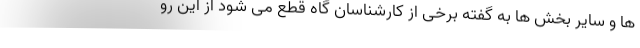
ها و سایر بخش ها به گفته برخی از کارشناسان گاه قطع می شود از این رو